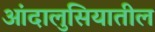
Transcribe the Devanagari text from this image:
आंदालुसियातील